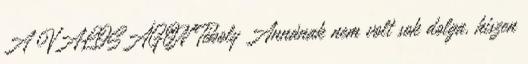
A VALÓSÁGON Téboly Annának nem volt sok dolga, hiszen